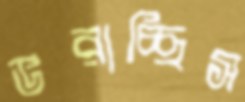
ভরাচ্ছিস